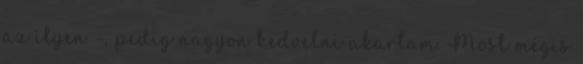
az ilyen -, pedig nagyon kedvelni akartam. Most mégis